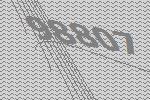
98807